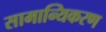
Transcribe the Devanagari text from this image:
सामान्यिकरण